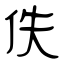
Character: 佚